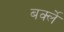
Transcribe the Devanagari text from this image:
बर्क्ले